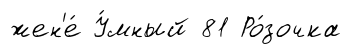
жен'е́ У́мный 81 Ро́зочка